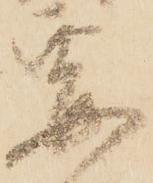
要